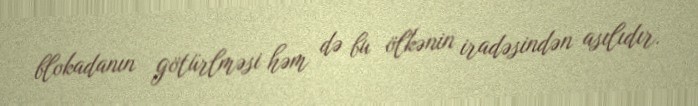
blokadanın götürlməsi həm də bu ölkənin iradəsindən asılıdır.